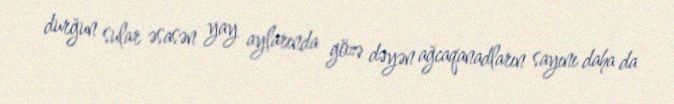
durğun sular əsasən yay aylarında gözə dəyən ağcaqanadların sayını daha da